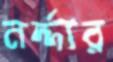
নর্দ্দার